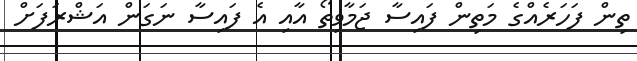
ތިން ފަހަރެއްގެ މަތިން ފައިސާ ޖަމާވިތޯ އާއި އެ ފައިސާ ނަގަން އަޝްރަފަށް